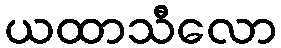
ယထာသီလော